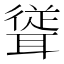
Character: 𮋹